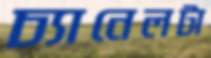
চ্যানেলটা